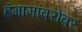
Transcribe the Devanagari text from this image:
हंगामांबरोबर